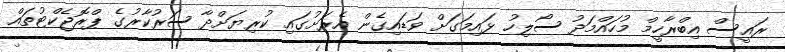
ރައީސް އިބްރާހީމް މުހައްމަދު ސޯލިހު ޅައިމަގަށް ވަޑައިގެން އެރަށުގައި ކުރިޔަށްދާ ސަރުކާރުގެ ޕްރޮޖެކްޓުތައް